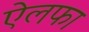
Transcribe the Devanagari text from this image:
ऐलफा